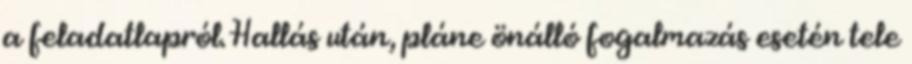
a feladatlapról. Hallás után, pláne önálló fogalmazás esetén tele